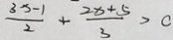
\frac { 3 x - 1 } { 2 } + \frac { 2 x + 5 } { 3 } > c